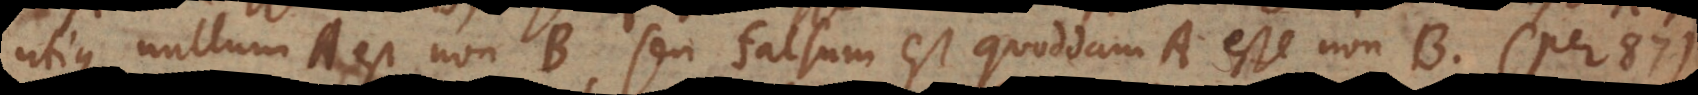
utique nullum A est non‐B, seu falsum est quoddam A esse non‐B (per 87).